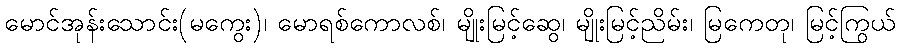
မောင်အုန်းသောင်း(မကွေး)၊ မောရစ်ကောလစ်၊ မျိုးမြင့်ဆွေ၊ မျိုးမြင့်ညိမ်း၊ မြကေတု၊ မြင့်ကြွယ်